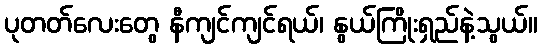
ပုတတ်လေးတွေ နီကျင်ကျင်ရယ်၊ နွယ်ကြိုးရှည်နဲ့သွယ်။